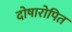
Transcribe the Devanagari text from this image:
दोषारोपित